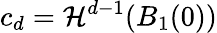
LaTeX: c_{d}=\mathcal{H}^{d-1}(B_{1}(0))